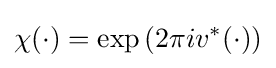
\chi (\cdot )=\exp \left(2\pi iv^{*}(\cdot )\right)